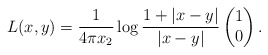
\begin{align*}L(x,y) = \frac{1}{4\pi x_2} \log\frac {1+|x-y|}{|x-y|}\begin{pmatrix} 1 \\ 0 \end{pmatrix}.\end{align*}